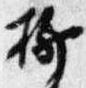
柳